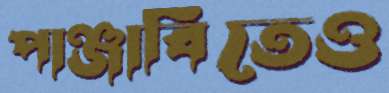
পাঞ্জাবিতেও